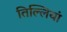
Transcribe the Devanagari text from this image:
तिल्लियां